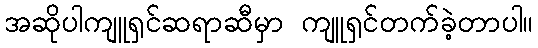
အဆိုပါကျူရှင်ဆရာဆီမှာ ကျူရှင်တက်ခဲ့တာပါ။